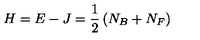
H = E - J = \frac { 1 } { 2 } \left( N _ { B } + N _ { F } \right)